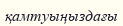
қамтуыңыздағы